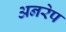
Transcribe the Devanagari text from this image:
अनरेप